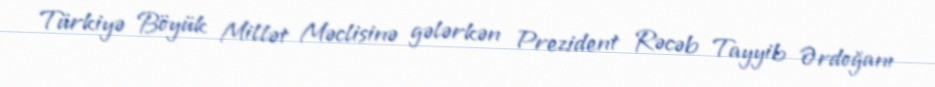
Türkiyə Böyük Millət Məclisinə gələrkən Prezident Rəcəb Tayyib Ərdoğanı